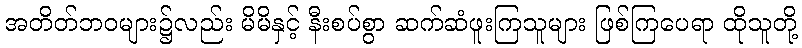
အတိတ်ဘဝများ၌လည်း မိမိနှင့် နီးစပ်စွာ ဆက်ဆံဖူးကြသူများ ဖြစ်ကြပေရာ ထိုသူတို့